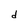
Character: d